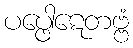
ပပ္ဖေါဋေတဗ္ဗံ